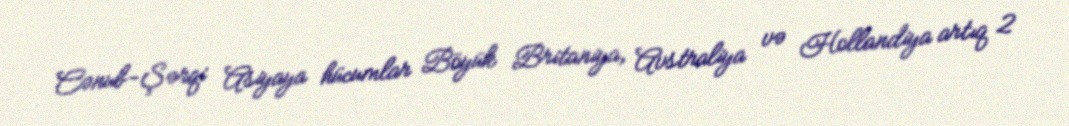
Cənub-Şərqi Asiyaya hücumlar Böyük Britaniya, Avstraliya və Hollandiya artıq 2